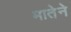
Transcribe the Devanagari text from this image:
मातेने